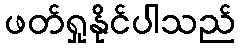
ဖတ်ရှုနိုင်ပါသည်